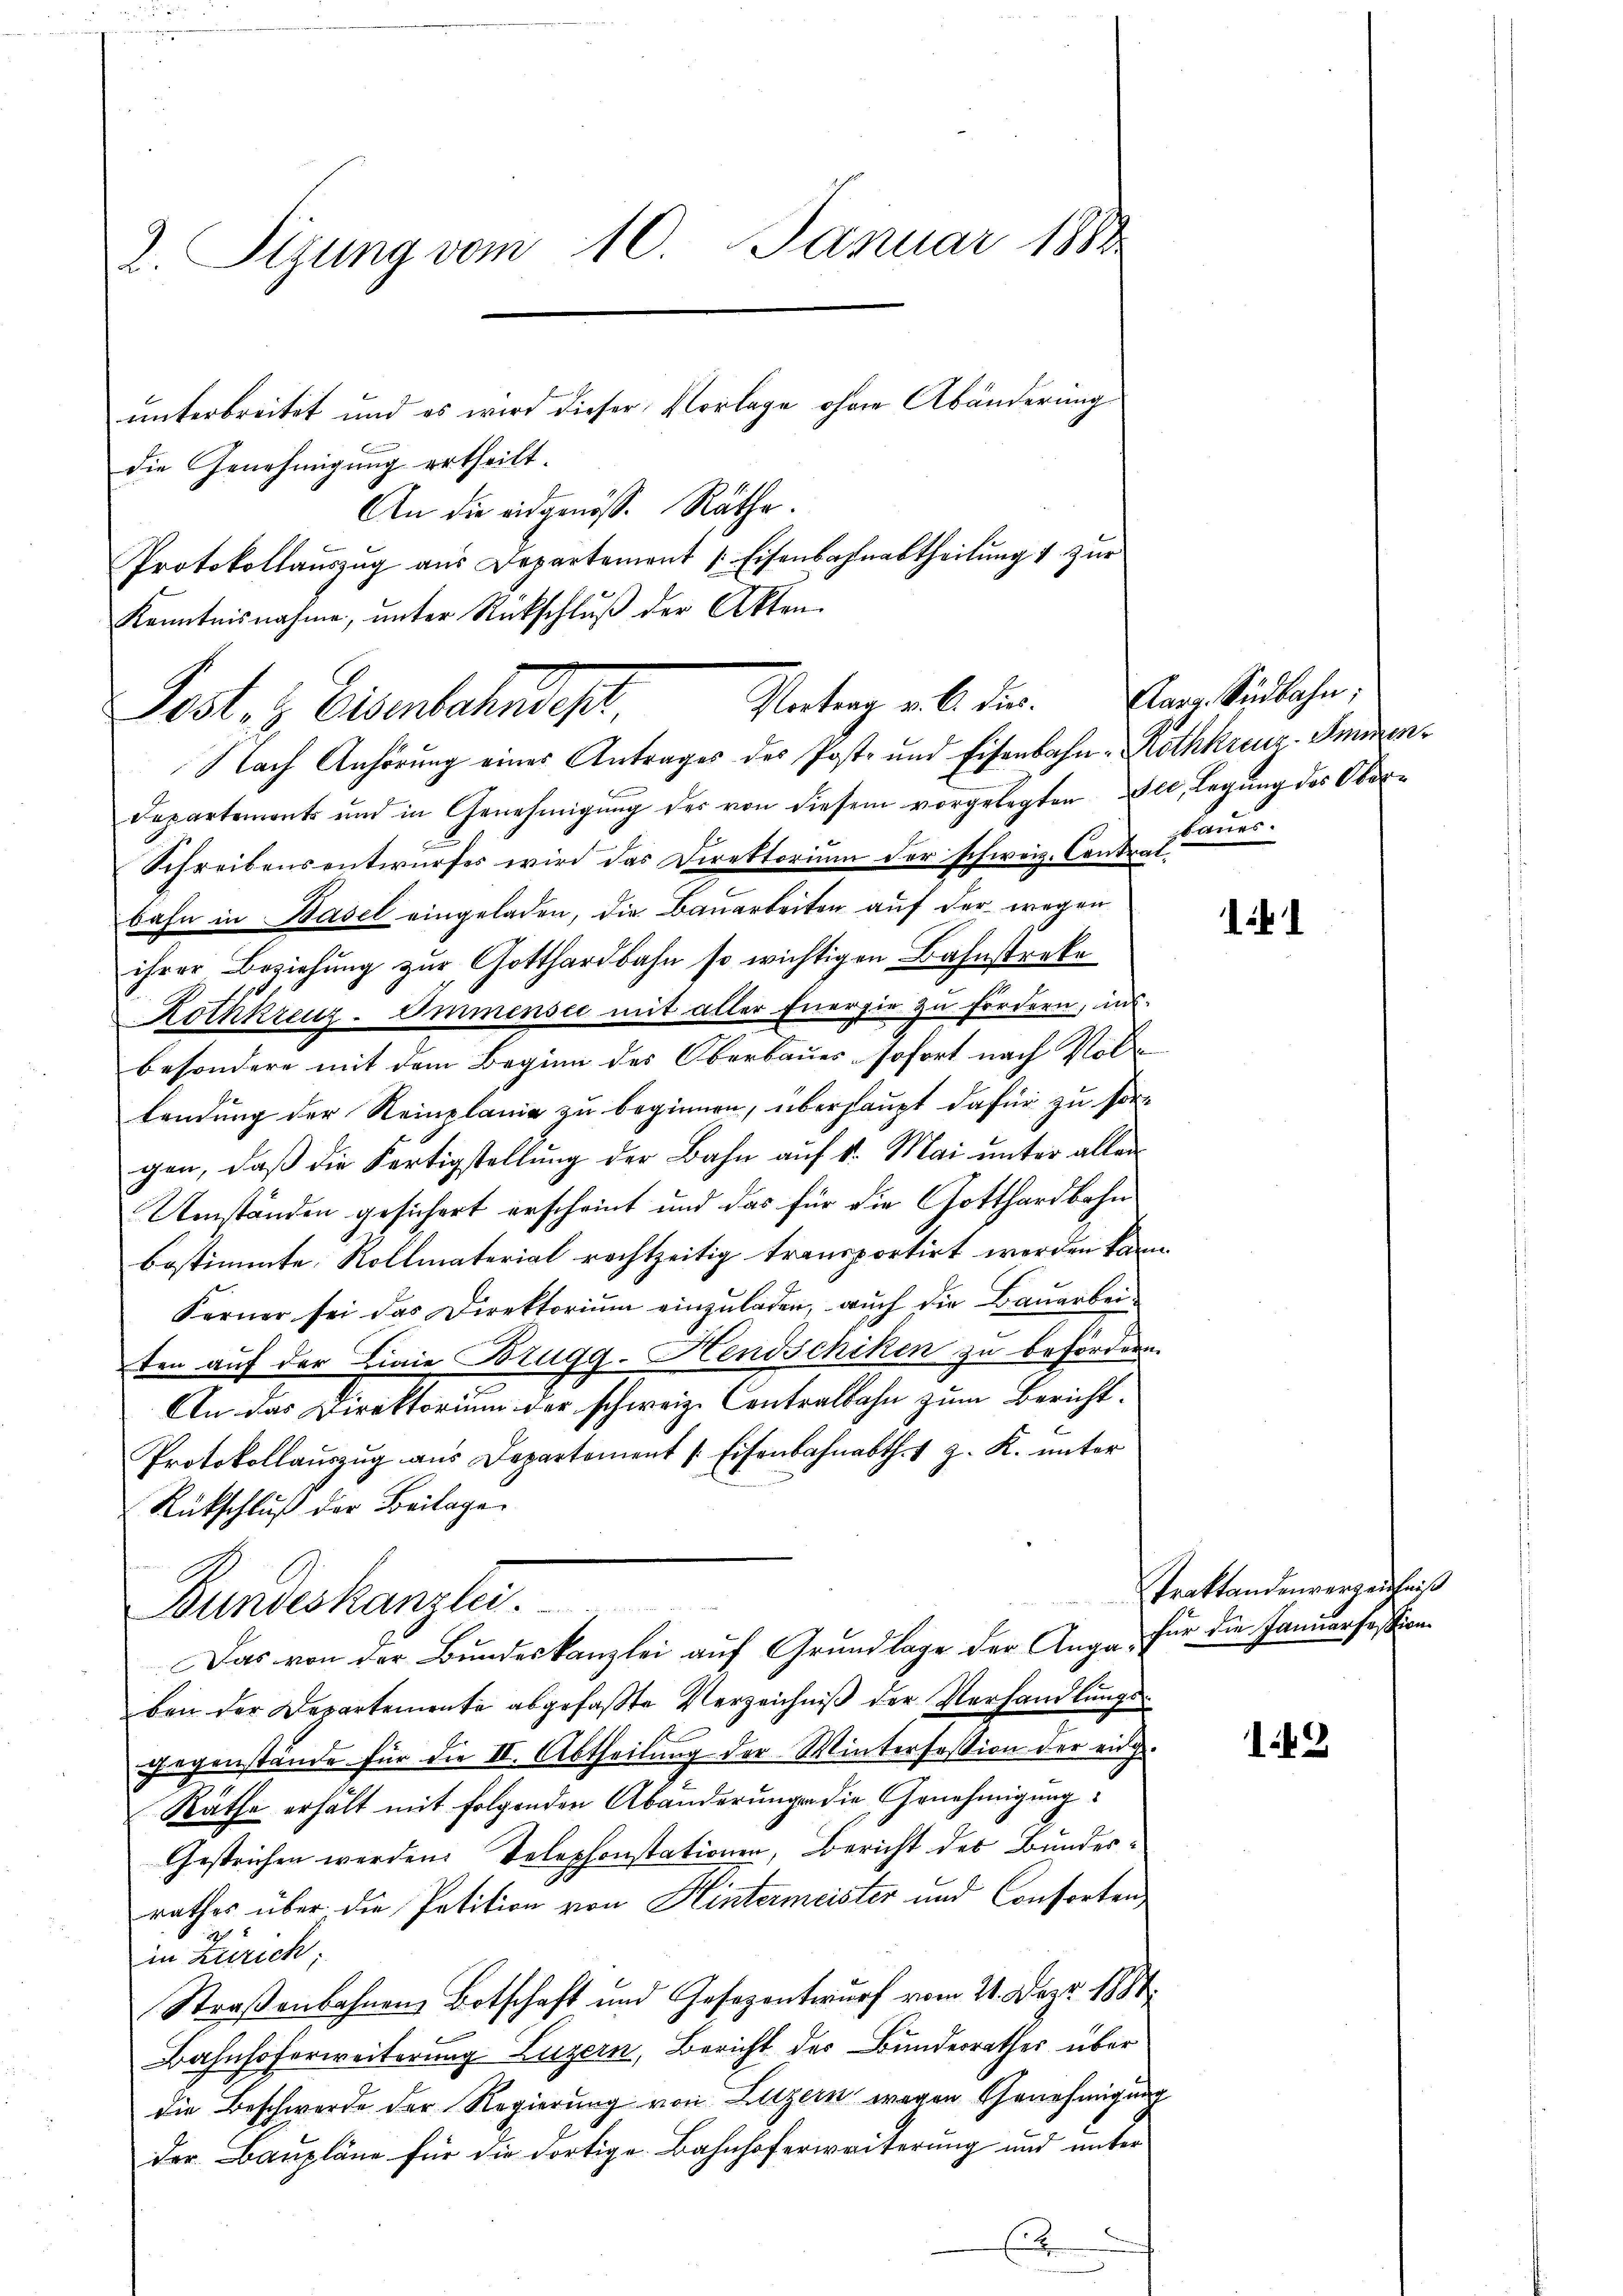
2. Sigung vom 10. Januar 1888

die Genehmigung ertheilt.
An die eidgenöss. Räthe.
Protokollaŭszŭg aŭs Departement 1 Eisenbahnabtheilŭng u zŭr
Kenntnisnahme, unter Rückschluß der Akten.
Vortrag v. 6. dir.
Post & Eisenbahndet.

unterbreitet und es wird dieser Vorlage ohne Abänderung
Nach Anhörung eines Antrages des Post- und Eisenbahn-Rothkreuz-Smmen¬
Departement und in Genehmigŭng des von diesem vorgelegten alt, Legung des Ober-
Schreibensentwurfes wird das Direktorium der schweiz. Contralbahn in Basel eingeladen, die Bauarbeiten auf der wegen
ihrer Beziehung zur Gotthardbahn so wichtigen Bahnstreke
Rothkreuz-Immensee mit aller Energie zu fordern, ins
besondere mit dem Beginn des Oberbaues sofort nach Vollendung der Steinplanie zu beginnen, überhaupt dafür zu sorgen, daß die Fertigstellung der Bahn auf 1. Mai unter allen
Umständen gesichert erscheint und das für die Gotthardbahn
bestimmte Rollmaterial rechtzeitig transportirt werden kann.
Ferner sei das Direktorium einzuladen, auch die Bauarbeiten auf der Linie Brugg-Hendschiken zu befördern.
An das Direktorium der schweiz. Contralbahn zum Bericht¬
Protokollauszug aus Departement [Eisenbahnabth. v z. K. unter
Rückschluß der Beilage
Bundeskanzlei.
Das von der Bundeskanzlei auf Grundlage der Auge für die Januarfession
ben der Departemente abgefaßte Verzeichniß der Verhandlungsgegenstände für die II. Abtheilung der Winterfassion der eing
Räthe erhält mit folgenden Abänderungen die Genehmigung
Gestrichen werden. Telephonstationen, Bericht des Bundesrathes über die Petition von Hintermeister und Consorten,
2
in Zürich;
Straßenbahnen Botschaft und Gesezentwurf vom 21. Dez. 1884.
Bahnhoferweiterung Luzern, Bericht des Bunderrathes über
die Beschwerde der Regierung von Luzern wegen Genehmigung
der Baupläne für die dortige Bahnhoferweiterung und unter

Karz. Südbahn;
baues.

11

Traktandenvergenntniß

12